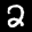
Label: 2